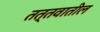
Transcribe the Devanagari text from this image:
तत्तवातील